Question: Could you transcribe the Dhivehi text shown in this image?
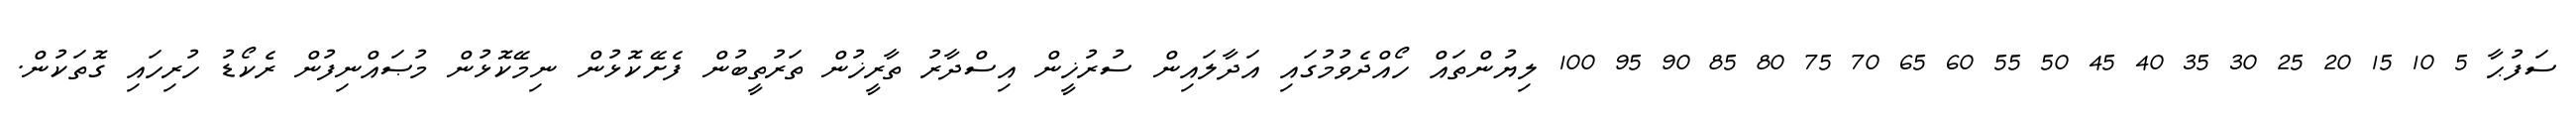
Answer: ސަފުޙާ 5 10 15 20 25 30 35 40 45 50 55 60 65 70 75 80 85 90 95 100 ލިޔުންތައް ހޯއްދެވުމުގައި އަދާލައިން ސުރުޚީން އިސްދާރު ތާރީޚުން ތަރުތީބުން ފެށޭކޮޅުން ނިމޭކޮޅުން މުޞައްނިފުން ރެކޯޑު ހުރިހައި ގޮތަކުން.